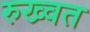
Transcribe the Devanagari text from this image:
रुख्वत